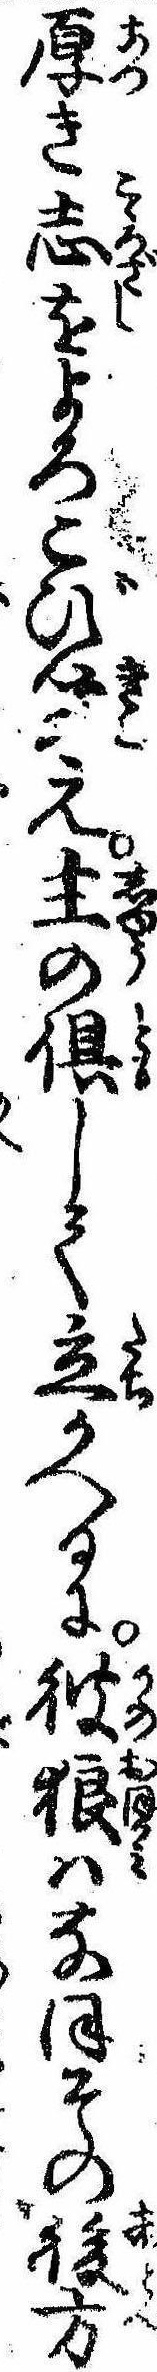
厚き志をよろこび聞え主の倶して立かへるに彼狼はなほその後方